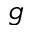
g